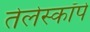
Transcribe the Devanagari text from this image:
तेलेस्कॉपे